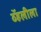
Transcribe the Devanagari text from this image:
व्हॅलीला